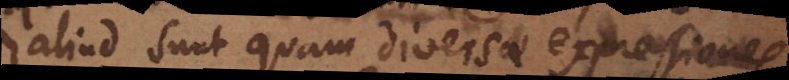
liud sunt quam diversae expressiones